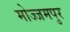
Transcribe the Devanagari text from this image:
मोज्जमपुर